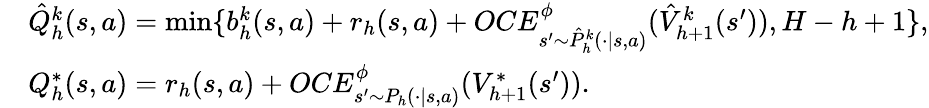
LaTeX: \begin{array}{rl}&{\hat{Q}_{h}^{k}(s,a)=\operatorname*{min}\{ b_{h}^{k}(s,a)+r_{h}(s,a)+OCE_{s^{\prime}\sim\hat{P}_{h}^{k}(\cdot\vert s,a)}^{\phi}(\hat{V}_{h+1}^{k}(s^{\prime})),H-h+1\} ,}\\ &{Q_{h}^{*}(s,a)=r_{h}(s,a)+OCE_{s^{\prime}\sim P_{h}(\cdot\vert s,a)}^{\phi}(V_{h+1}^{*}(s^{\prime})).}\end{array}